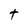
Character: t